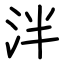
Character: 泮